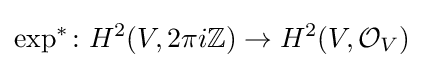
\exp ^{*}\colon H^{2}(V,2\pi i\mathbb {Z} )\to H^{2}(V,{\mathcal {O}}_{V})